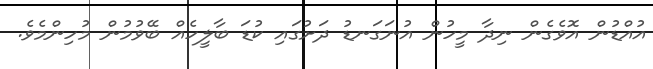
އުއްޑުން އޮވެގެން ނިދާ މީހުން އުނަގަނޑު ދަށުގައި ކުޑަ ބާލީހެއް ބޭވުމުން މުހިންމެވެ.